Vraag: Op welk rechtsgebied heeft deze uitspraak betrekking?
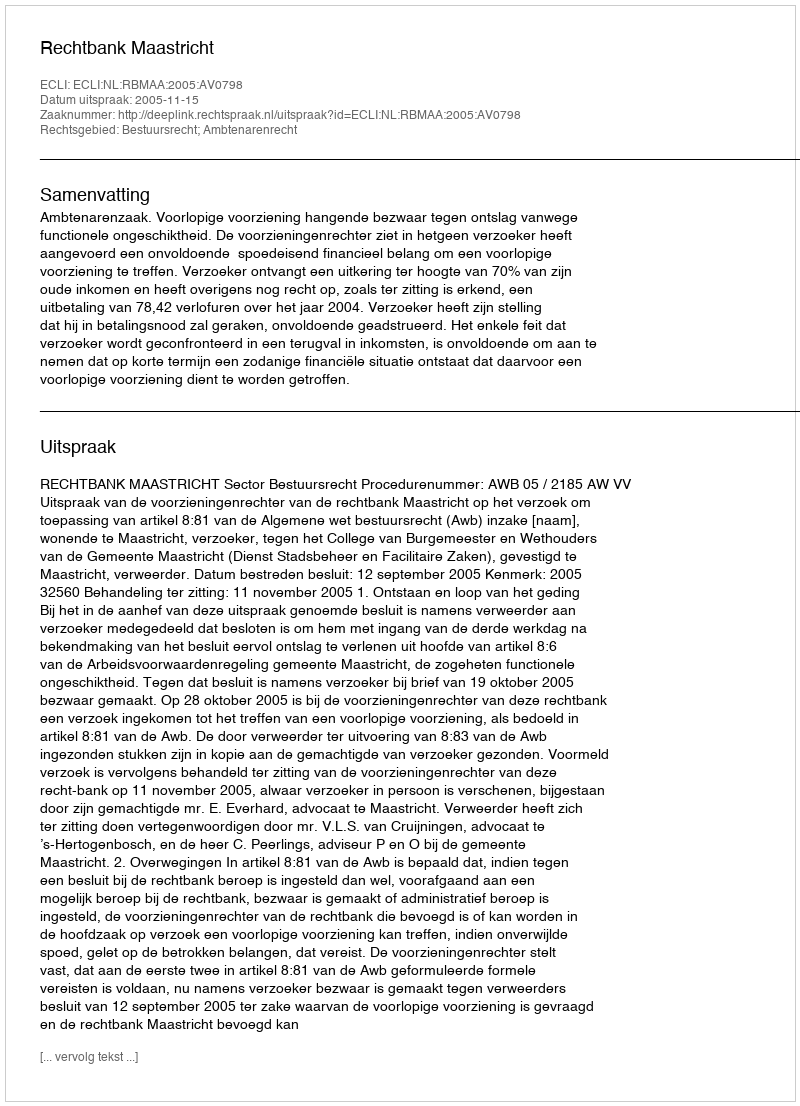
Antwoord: Bestuursrecht; Ambtenarenrecht